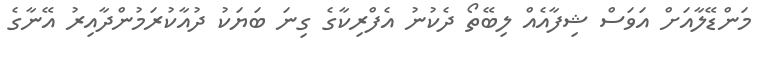
މަންޑޭލާއަށް އަވަސް ޝިފާއެއް ލިބޭތޯ ދެކުނު އެފްރިކާގެ ގިނަ ބަޔަކު ދުއާކުރަމުންދާއިރު އޭނާގެ